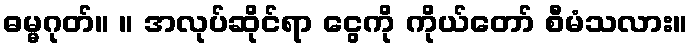
ဓမ္မဂုတ်။ ။ အလုပ်ဆိုင်ရာ ငွေကို ကိုယ်တော် စီမံသလား။